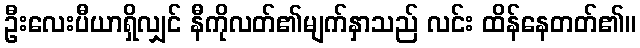
ဦးလေးပီယာရှိလျှင် နီကိုလတ်၏မျက်နှာသည် လင်း ထိန်နေတတ်၏။